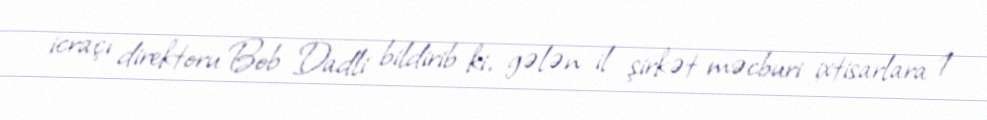
icraçı direktoru Bob Dadli bildirib ki, gələn il şirkət məcburi ixtisarlara 1